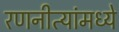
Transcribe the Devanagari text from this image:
रणनीत्यांमध्ये